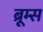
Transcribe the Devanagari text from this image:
ब्रूम्स